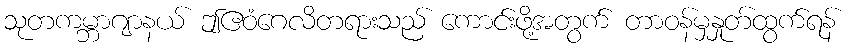
သုတကမ္ဘာဂျာနယ် ဤဧဝံဂေလိတရားသည် ကောင်းဖို့အတွက် တာဝန်မှနှုတ်ထွက်ရန်